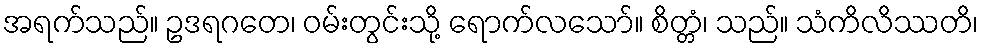
အရက်သည်။ ဥဒရဂတေ၊ ဝမ်းတွင်းသို့ ရောက်လသော်။ စိတ္တံ၊ သည်။ သံကိလိဿတိ၊